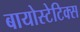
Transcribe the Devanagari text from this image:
बायोस्टेटिक्स